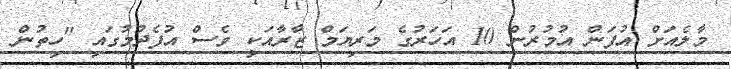
މާލެއަށް އުފަން އުމުރުން 10 އަހަރުގެ މަރިޔަމް ޒާރާއަކީ ވެސް އުފެދުމުގައި "ހިތުން